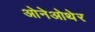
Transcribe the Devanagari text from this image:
ओनेओथेर